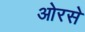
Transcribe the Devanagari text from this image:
ओरसे